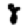
Digit: 8